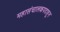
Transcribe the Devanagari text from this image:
महासंचालकपदाहून